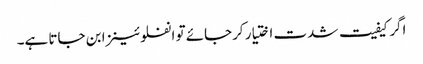
اگر کیفیت شدت اختیار کرجائے تو انفلوئینزا بن جاتا ہے۔